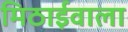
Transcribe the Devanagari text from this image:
मिठार्इवाला